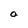
Character: O